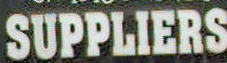
SUPPLIERS